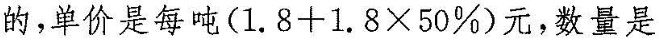
的，单价是每吨$$(1.8+1.8\times50\%)$$元，数量是